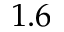
1 . 6